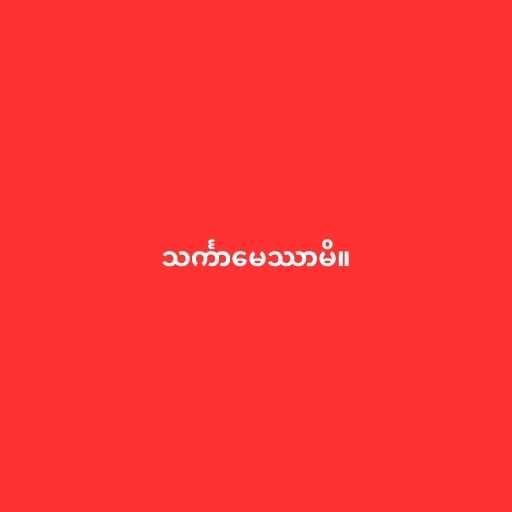
သင်္ကာမေဿာမိ။